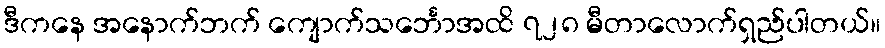
ဒီကနေ အနောက်ဘက် ကျောက်သင်္ဘောအထိ ၇၂၈ မီတာလောက်ရှည်ပါတယ်။